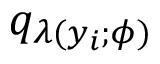
q _ { \lambda ( y _ { i } ; \phi ) }